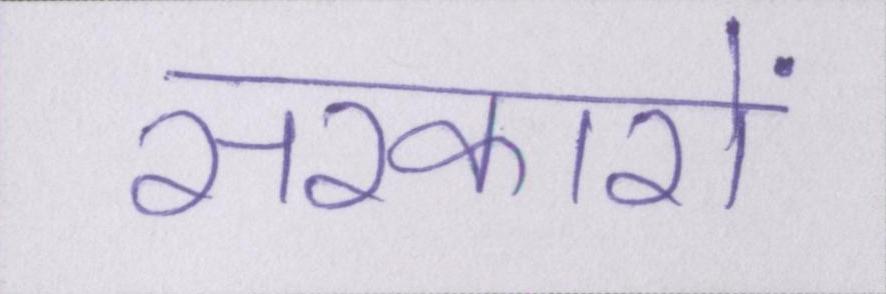
सरकारों